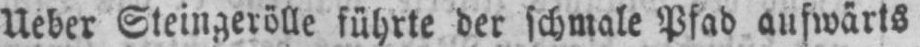
Ueber Steingerölle führte der schmale Pfad aufwärts